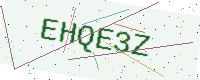
Text: EHQE3Z